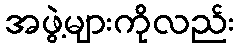
အဖွဲ့များကိုလည်း